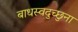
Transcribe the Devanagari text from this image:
बाधस्वदुच्छुना